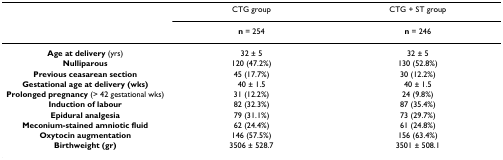
<table><thead><tr><td></td><td><b>CTG group</b></td><td><b>CTG + ST group</b></td></tr><tr><td></td><td><b>n = 254</b></td><td><b>n = 246</b></td></tr></thead><tbody><tr><td><b>Age at delivery </b>(yrs)</td><td>32 ± 5</td><td>32 ± 5</td></tr><tr><td><b>Nulliparous</b></td><td>120 (47.2%)</td><td>130 (52.8%)</td></tr><tr><td><b>Previous ceasarean section</b></td><td>45 (17.7%)</td><td>30 (12.2%)</td></tr><tr><td><b>Gestational age at delivery (wks)</b></td><td>40 ± 1.5</td><td>40 ± 1.5</td></tr><tr><td><b>Prolonged pregnancy </b>(&gt; 42 gestational wks)</td><td>31 (12.2%)</td><td>24 (9.8%)</td></tr><tr><td><b>Induction of labour</b></td><td>82 (32.3%)</td><td>87 (35.4%)</td></tr><tr><td><b>Epidural analgesia</b></td><td>79 (31.1%)</td><td>73 (29.7%)</td></tr><tr><td><b>Meconium-stained amniotic fluid</b></td><td>62 (24.4%)</td><td>61 (24.8%)</td></tr><tr><td><b>Oxytocin augmentation</b></td><td>146 (57.5%)</td><td>156 (63.4%)</td></tr><tr><td><b>Birthweight (gr)</b></td><td>3506 ± 528.7</td><td>3501 ± 508.1</td></tr></tbody></table>